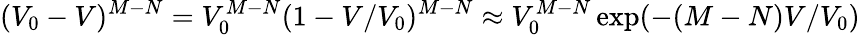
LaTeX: (V_{0}-V)^{M-N}=V_{0}^{M-N}(1-V/V_{0})^{M-N}\approx V_{0}^{M-N}\exp(-(M-N)V/V_{0})